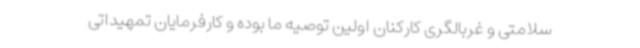
سلامتی و غربالگری کارکنان اولین توصیه ما بوده و کارفرمایان تمهیداتی